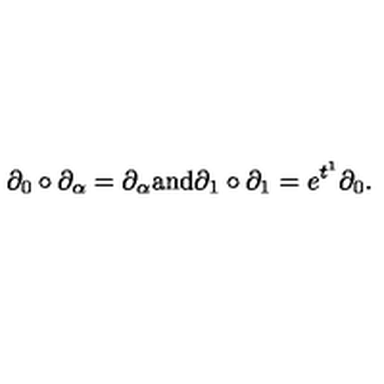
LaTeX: \partial _ { 0 } \circ \partial _ { \alpha } = \partial _ { \alpha } \mathrm { a n d } \partial _ { 1 } \circ \partial _ { 1 } = e ^ { t ^ { 1 } } \partial _ { 0 } .